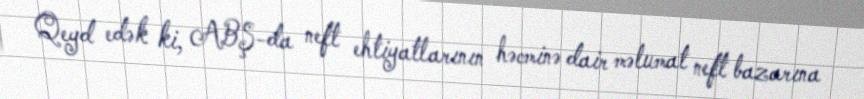
Qeyd edək ki, ABŞ-da neft ehtiyatlarının həcminə dair məlumat neft bazarına